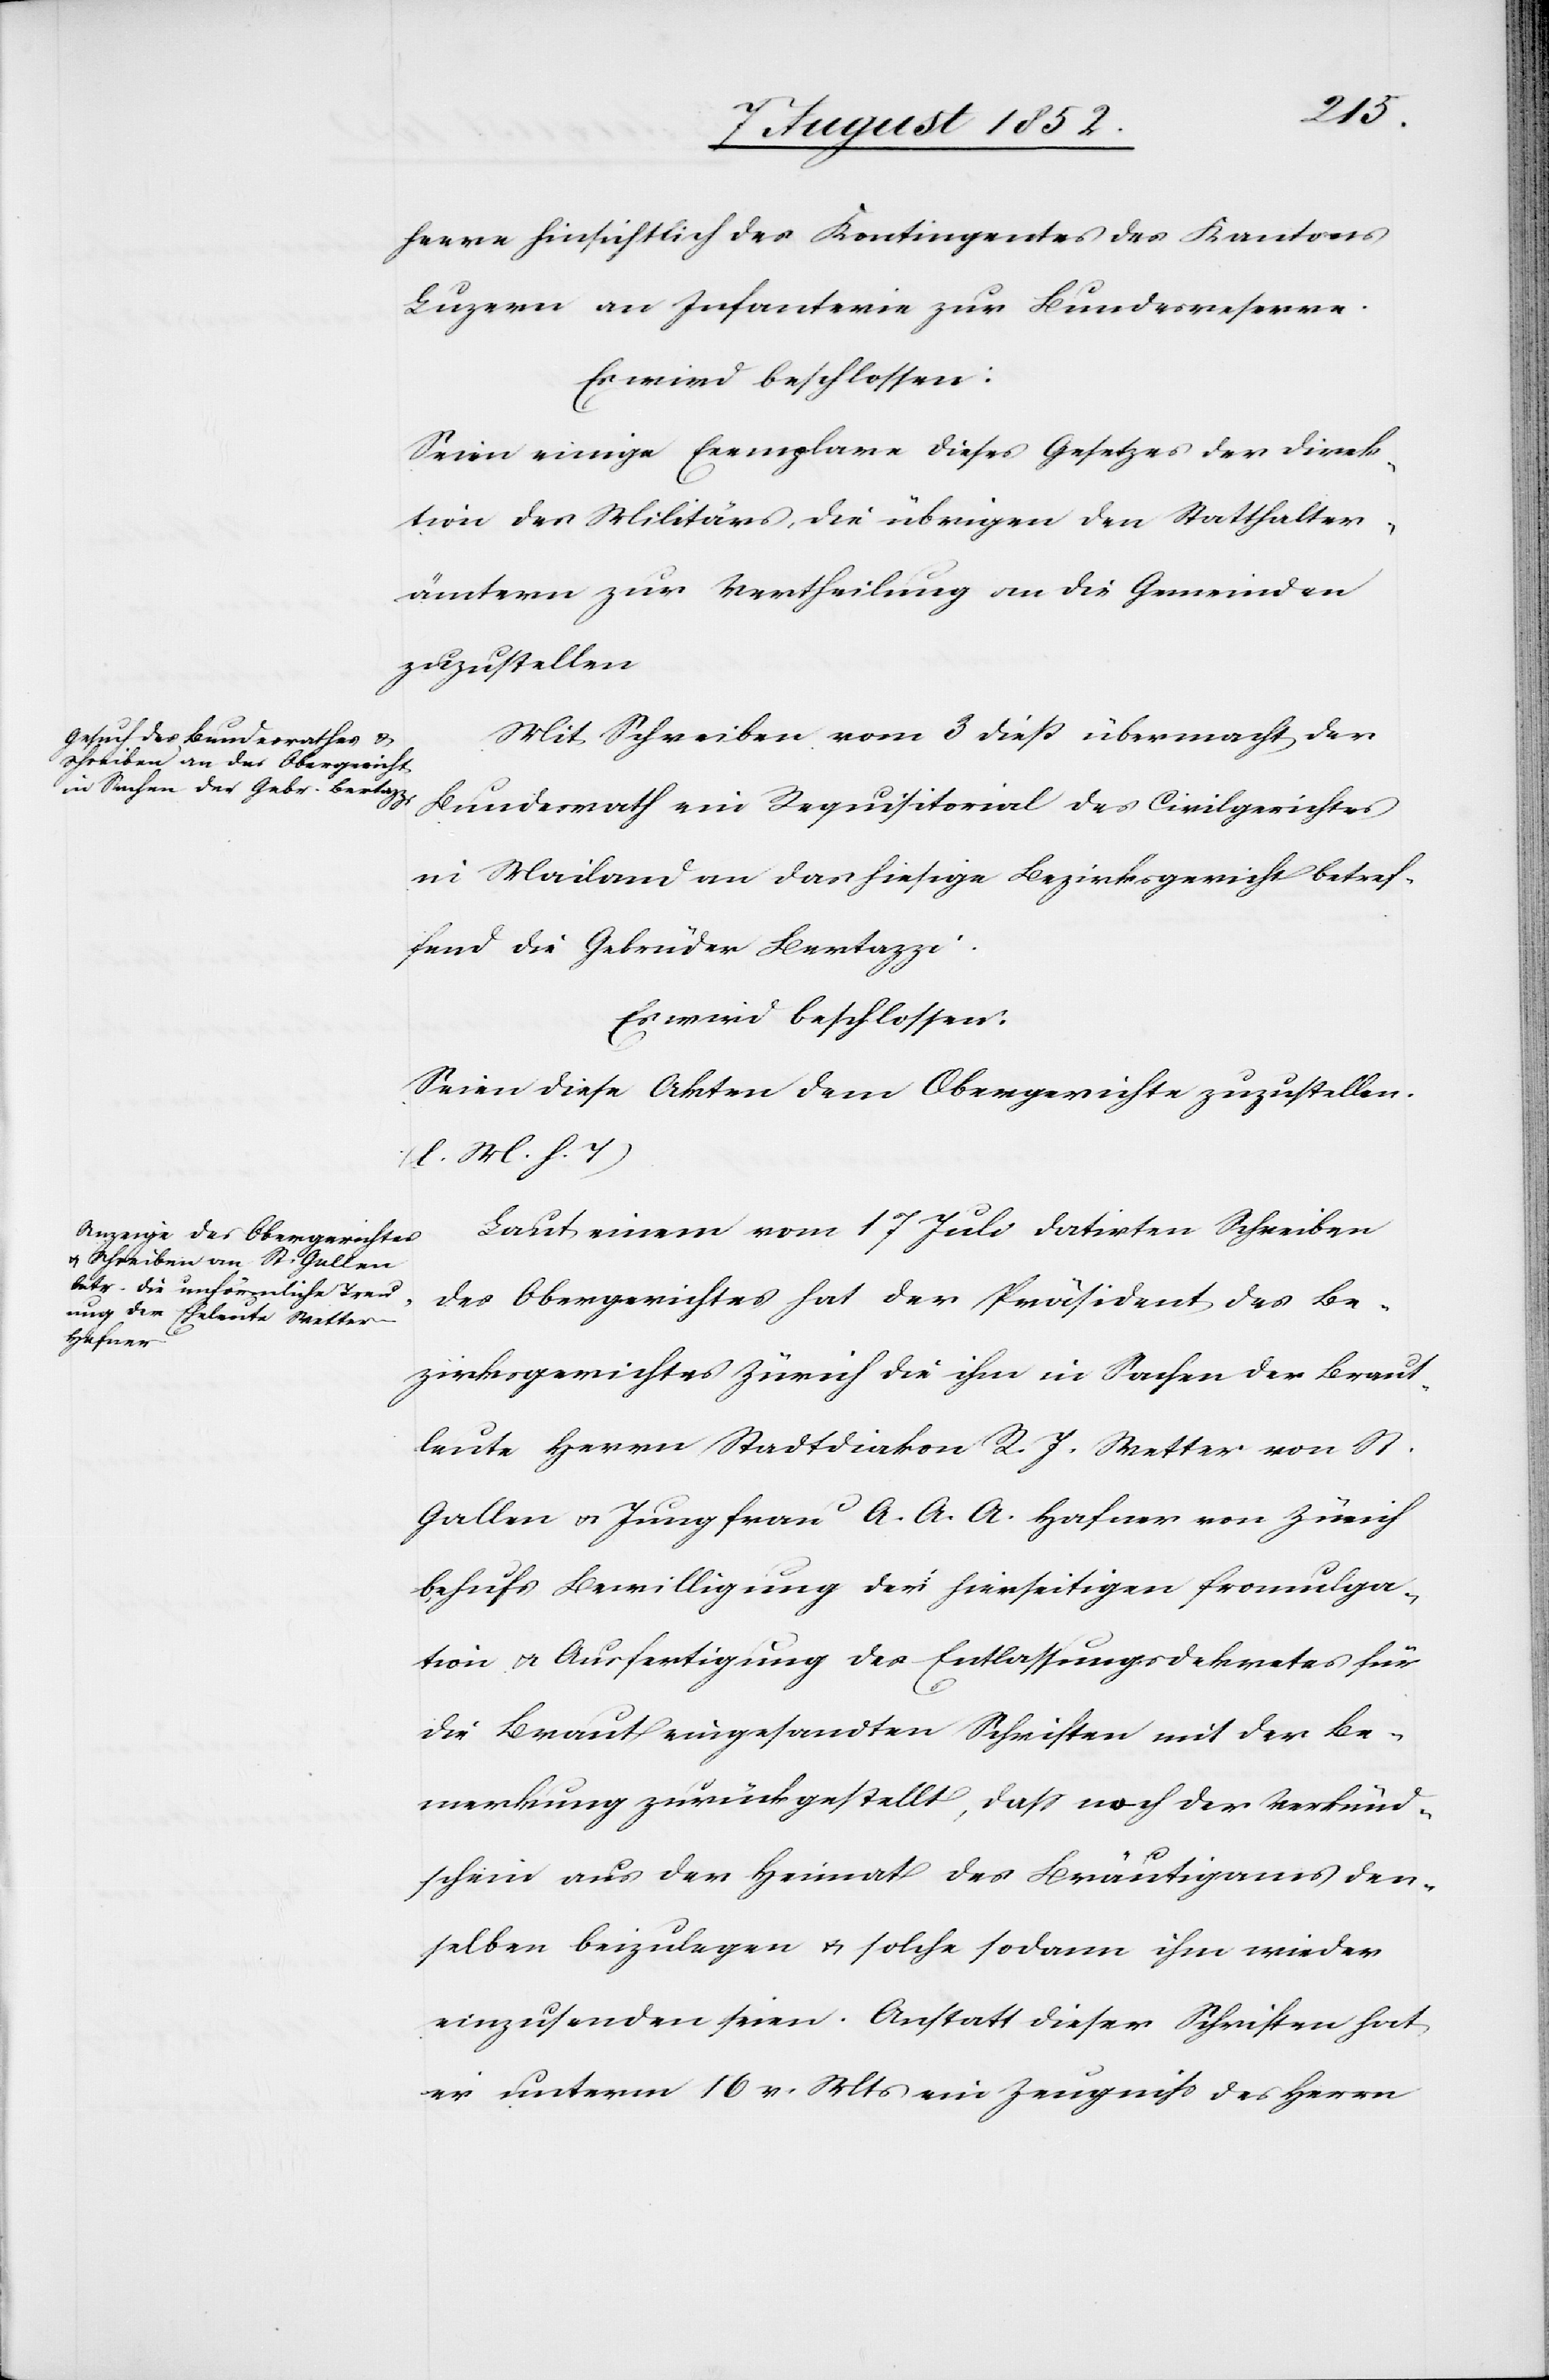
heere hinsichtlich des Kontingentes des Kantons
Luzern an Infanterie zur Bundesreserve.
Es wird beschlossen:
Seien einige Exemplare dieses Gesetzes der Direk¬
tion des Militärs, die übrigen den Statthalter¬
ämtern zur Vertheilung an die Gemeinden
zuzustellen[.]
Mit Schreiben vom 3 dieß übermacht der
Bundesrath ein Requisitorial des Civilgerichtes
in Mailand an das hiesige Bezirksgericht betref¬
fend die Gebrüder Bertazzi.
Es wird beschlossen:
Seien diese Akten dem Obergerichte zuzustellen.
(l. M. h. T)
Laut einem vom 17 Juli datirten Schreiben
des Obergerichtes hat der Präsident des Be¬
zirksgerichtes Zürich die ihm in Sachen der Braut¬
leute Herrn Stadtdiakon R. J. Wetter von St.
Gallen & Jungfrau A. A. A. Hafner von Zürich
behufs Bewilligung der hierseitigen Promulga¬
tion & Ausfertigung des Entlassungsdekretes für
die Braut eingesandten Schriften mit der Be¬
merkung zurückgestellt, dass noch der Verkünd¬
schein aus der Heimat des Bräutigams den¬
selben beizulegen & solche sodann ihm wieder
einzusenden seien. Anstatt dieser Schriften hat
er unterm 16 v. Mts ein Zeugniss des Herrn